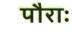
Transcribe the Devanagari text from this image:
पौराः